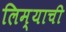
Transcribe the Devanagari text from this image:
लिम्याची